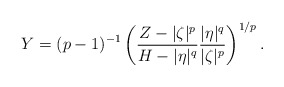
\begin{align*} Y=(p-1)^{-1}\left(\frac{Z-|\zeta|^p}{H-|\eta|^q}\frac{|\eta|^q}{|\zeta|^p}\right)^{1/p}.\end{align*}